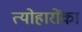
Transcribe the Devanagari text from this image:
त्योहारोंका